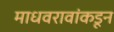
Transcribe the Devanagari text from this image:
माधवरावांकडून